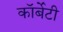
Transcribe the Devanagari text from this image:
कॉर्बेटी